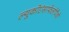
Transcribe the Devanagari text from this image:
ल्यूकोएंसाफेलोपैथी